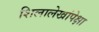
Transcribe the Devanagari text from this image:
शिलालेखांपेक्षा